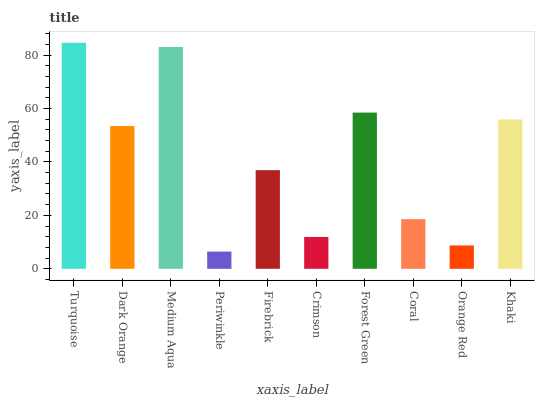
| xaxis_label | bars |
 | --- | --- |
 | Turquoise | 84.6 |
 | Dark Orange | 53.4 |
 | Medium Aqua | 83 |
 | Periwinkle | 6.45 |
 | Firebrick | 36.9 |
 | Crimson | 11.9 |
 | Forest Green | 58.5 |
 | Coral | 18.6 |
 | Orange Red | 8.76 |
 | Khaki | 55.9 |